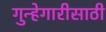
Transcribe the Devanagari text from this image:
गुन्हेगारीसाठी